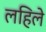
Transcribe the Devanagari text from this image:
लहिले